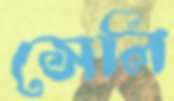
সেলি